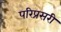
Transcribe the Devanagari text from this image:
परिप्रसरी